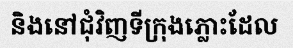
និងនៅជុំវិញទីក្រុងភ្លោះដែល